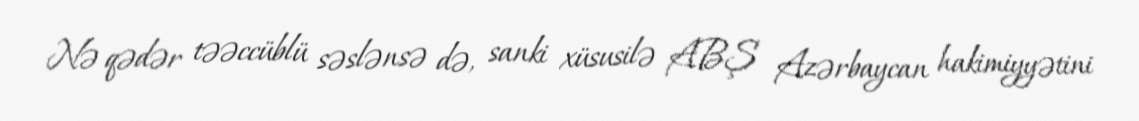
Nə qədər təəccüblü səslənsə də, sanki xüsusilə ABŞ Azərbaycan hakimiyyətini